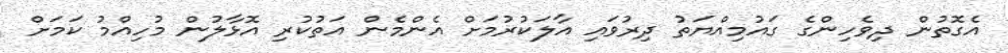
އެގޮތުން ދިވެހިންގެ ގައުމިއްޔަތު ދިރުވައި އާލަކުރުމަށް އެންމެން އަތުކުރި އޮޅާލުން މުހިއްމު ކަމަށް